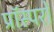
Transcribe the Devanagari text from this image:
प्रॉस्परो